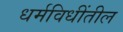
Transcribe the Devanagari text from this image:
धर्मविधींतील